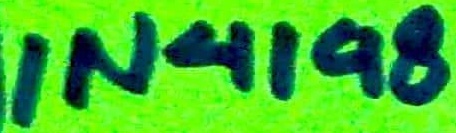
Text: IN4198